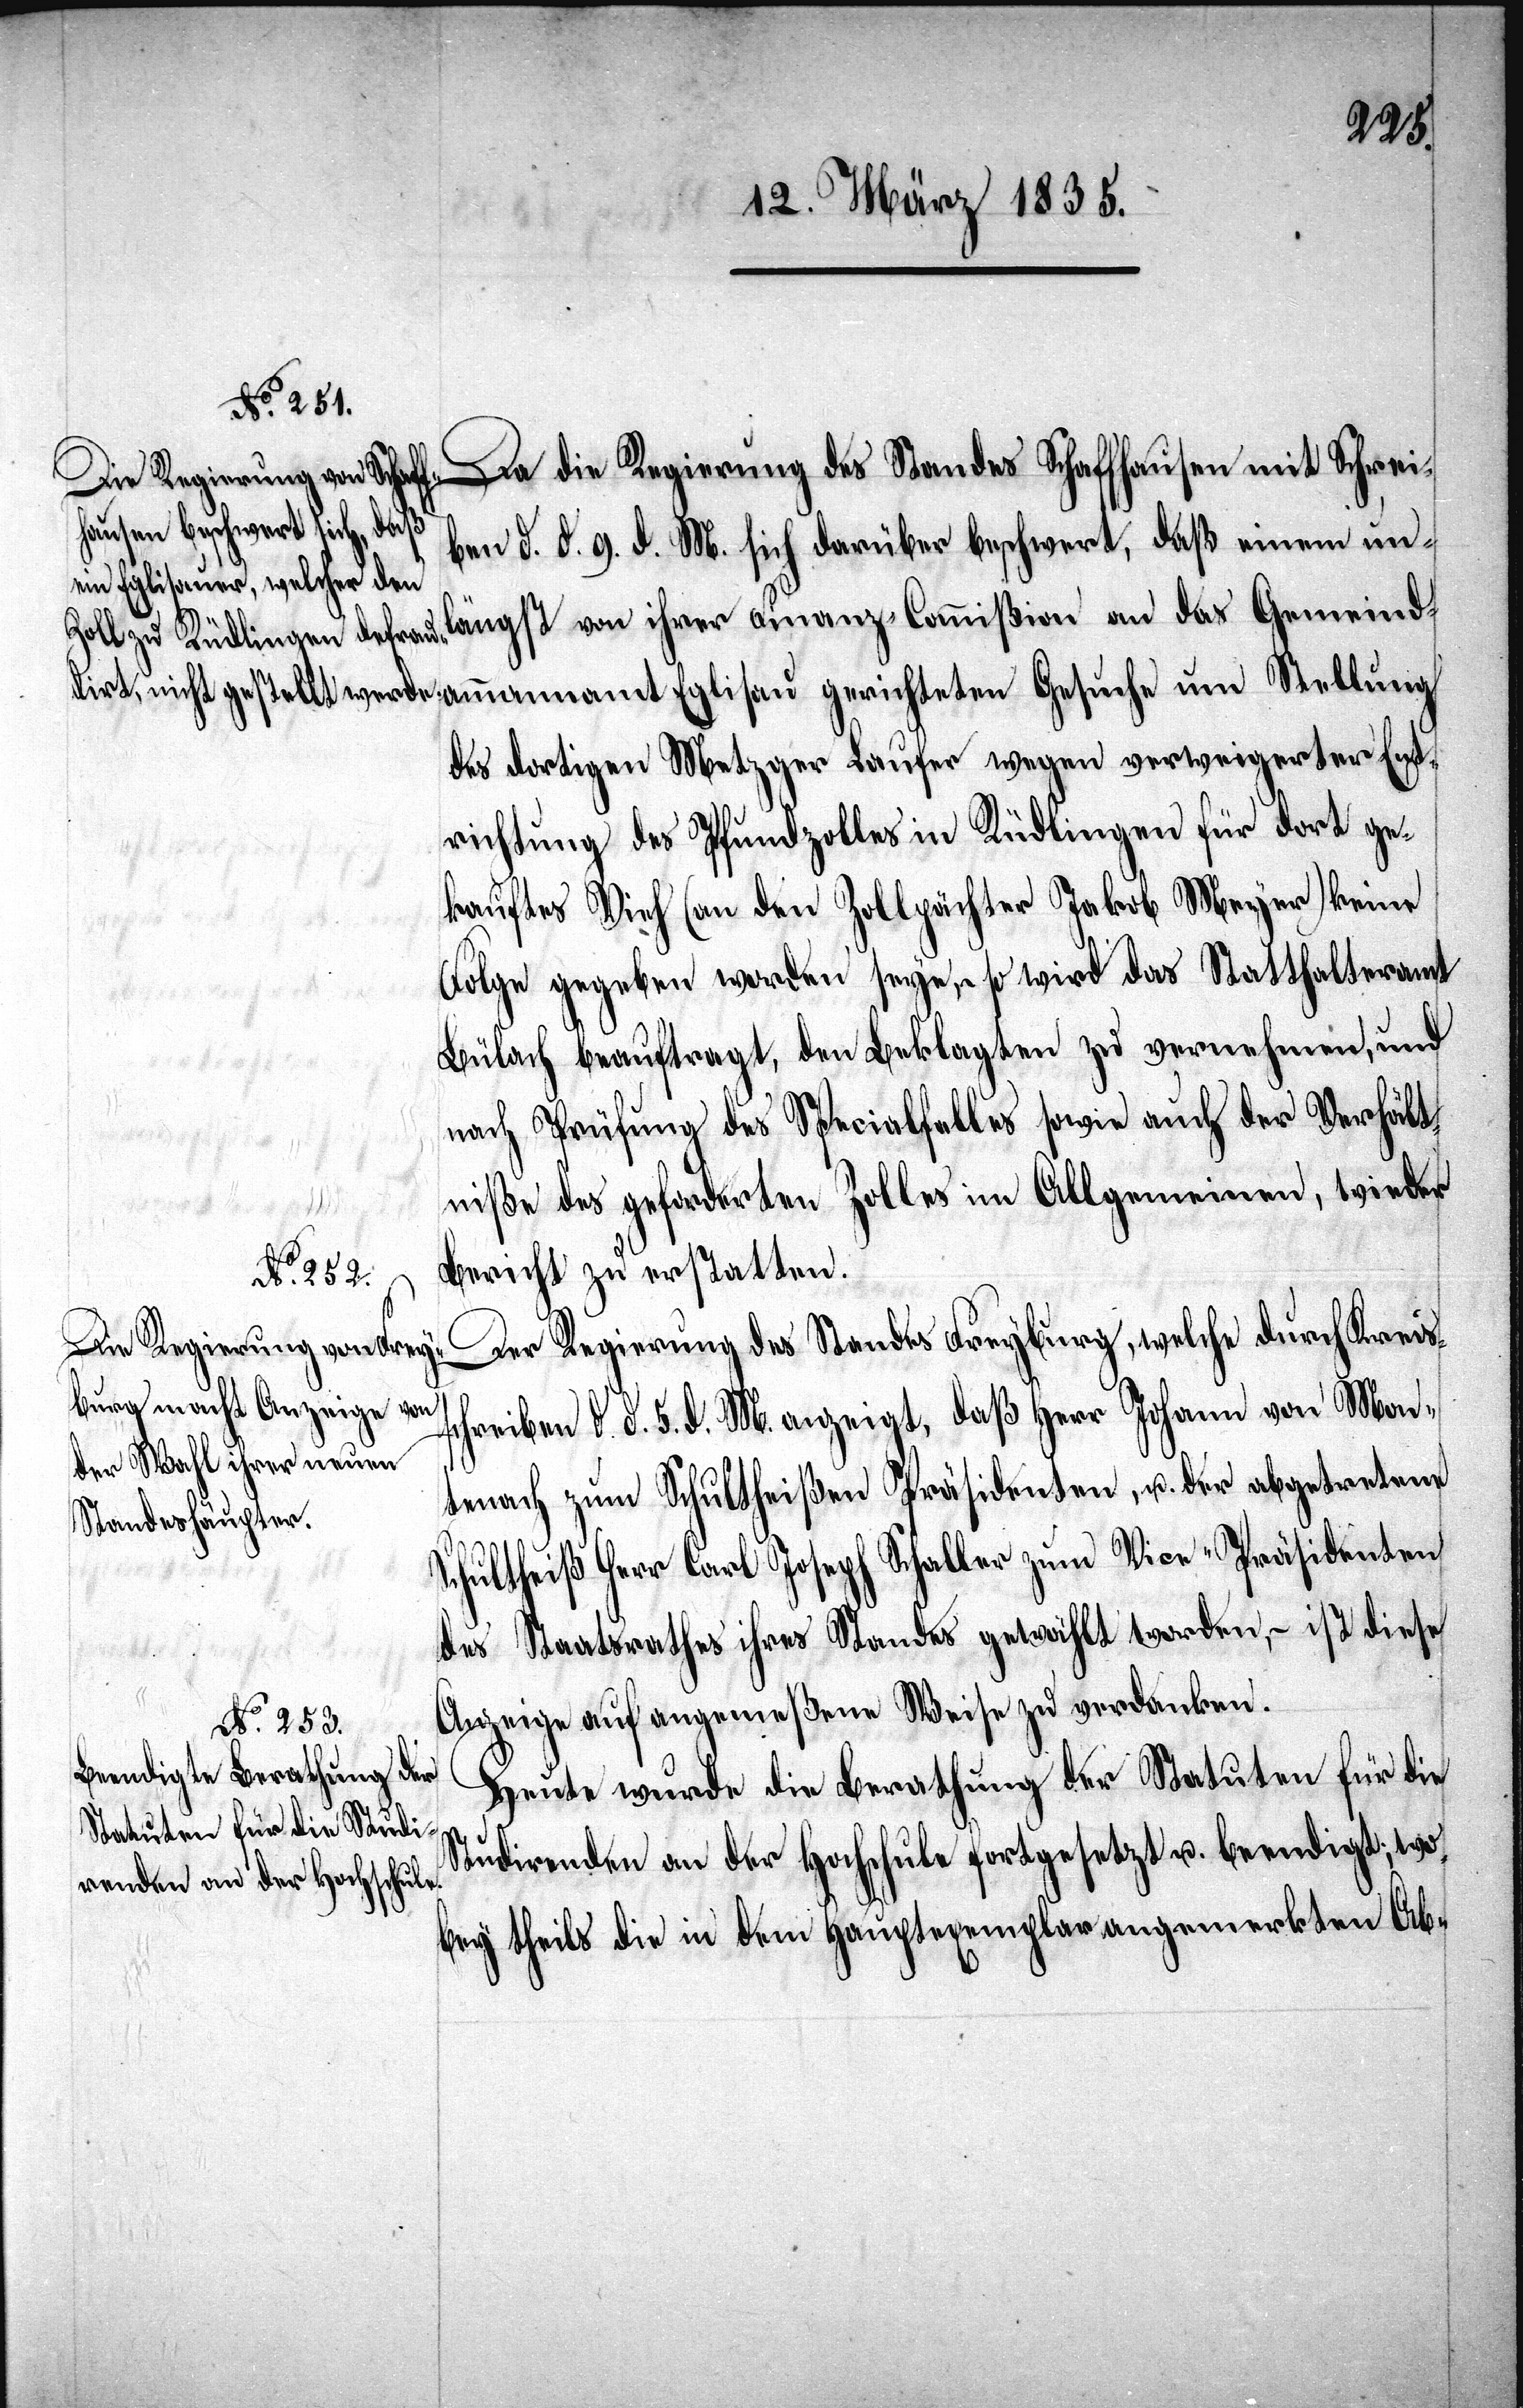
ben d. d. 9. d. M. sich darüber beschwert, daß einem unl¬
des dortigen Metzger Laufer wegen verweigerter Ent¬
richtung des Pfundzolles in Rüdlingen für dort ge¬
kauftes Vieh (an den Zollpächter Jakob Meyer) keine
Folge gegeben worden seye, – so wird das Statthalteramt
Bülach beauftragt, den Beklagten zu vernehmen, und
che
nach Prüfung des Specialfalles sowie auch der Verhält¬
niße des geforderten Zolles im Allgemeinen, wieder
das
Bericht zu erstatten.
Der Regierung des Standes Freyburg, welche durch Kreis¬
schreiben, d. d. 5. d. M. anzeigt, daß Herr Johann von Mon¬
tenach zum Schultheißen Präsidenten, u. der abgetretene
Schultheiß Herr Carl Joseph Schaller zum Vice-Präsidenten
des Staatsrathes ihres Standes gewählt worden, – ist diese
hrer
an
Anzeige auf angemeßene Weise zu verdanken.
Heute wurde die Berathung der Statuten für die
Studirenden an der Hochschule fortgesetzt u. beendigt; wo¬
bey theils die in dem Hauptexemplar angemerkten Ab-